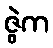
ဇွဲက